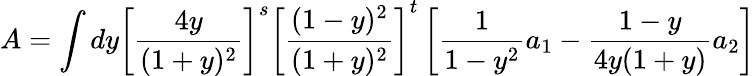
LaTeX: A=\int dy\left[\frac{4y}{(1+y)^{2}}\right]^{s}\left[\frac{(1-y)^{2}}{(1+y)^{2}}\right]^{t}\left[\frac{1}{1-y^{2}}a_{1}-\frac{1-y}{4y(1+y)}a_{2}\right]